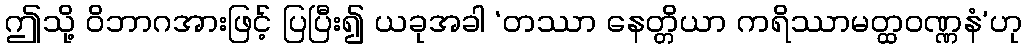
ဤသို့ ဝိဘာဂအားဖြင့် ပြပြီး၍ ယခုအခါ ‘တဿာ နေတ္တိယာ ကရိဿာမတ္ထဝဏ္ဏနံ’ဟု